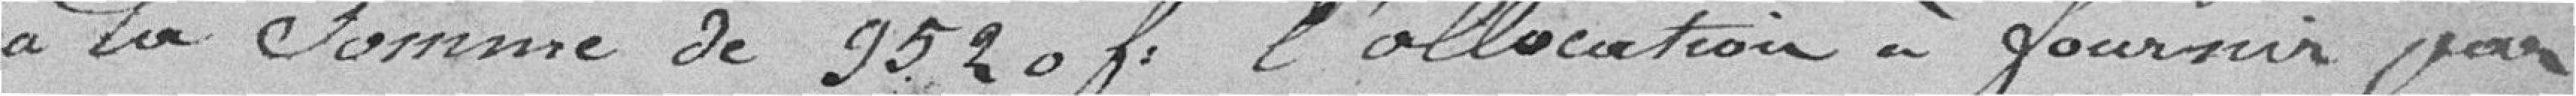
à la somme de 9520 f. l'allocation à fournir par